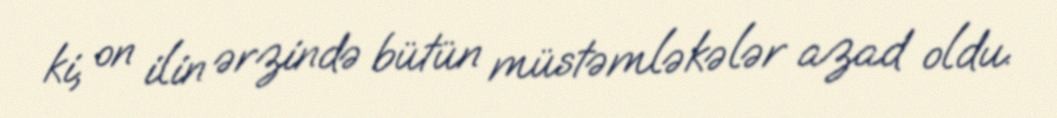
ki, on ilin ərzində bütün müstəmləkələr azad oldu.